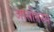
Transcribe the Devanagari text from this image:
आसीनस्य